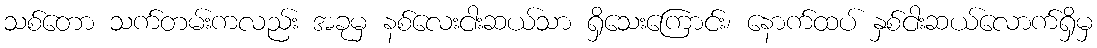
သစ်တော သက်တမ်းကလည်း အခုမှ နစ်လေးငါးဆယ်သာ ရှိသေးကြောင်း၊ နောက်ထပ် နှစ်ငါးဆယ်လောက်ရှိမှ